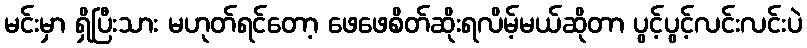
မင်းမှာ ရှိပြီးသား မဟုတ်ရင်တော့ ဖေဖေစိတ်ဆိုးရလိမ့်မယ်ဆိုတာ ပွင့်ပွင့်လင်းလင်းပဲ